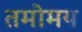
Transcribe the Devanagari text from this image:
तमोमय